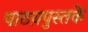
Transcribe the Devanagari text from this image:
पाठय़पुस्तकें